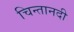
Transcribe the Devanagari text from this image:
चिन्तानदी